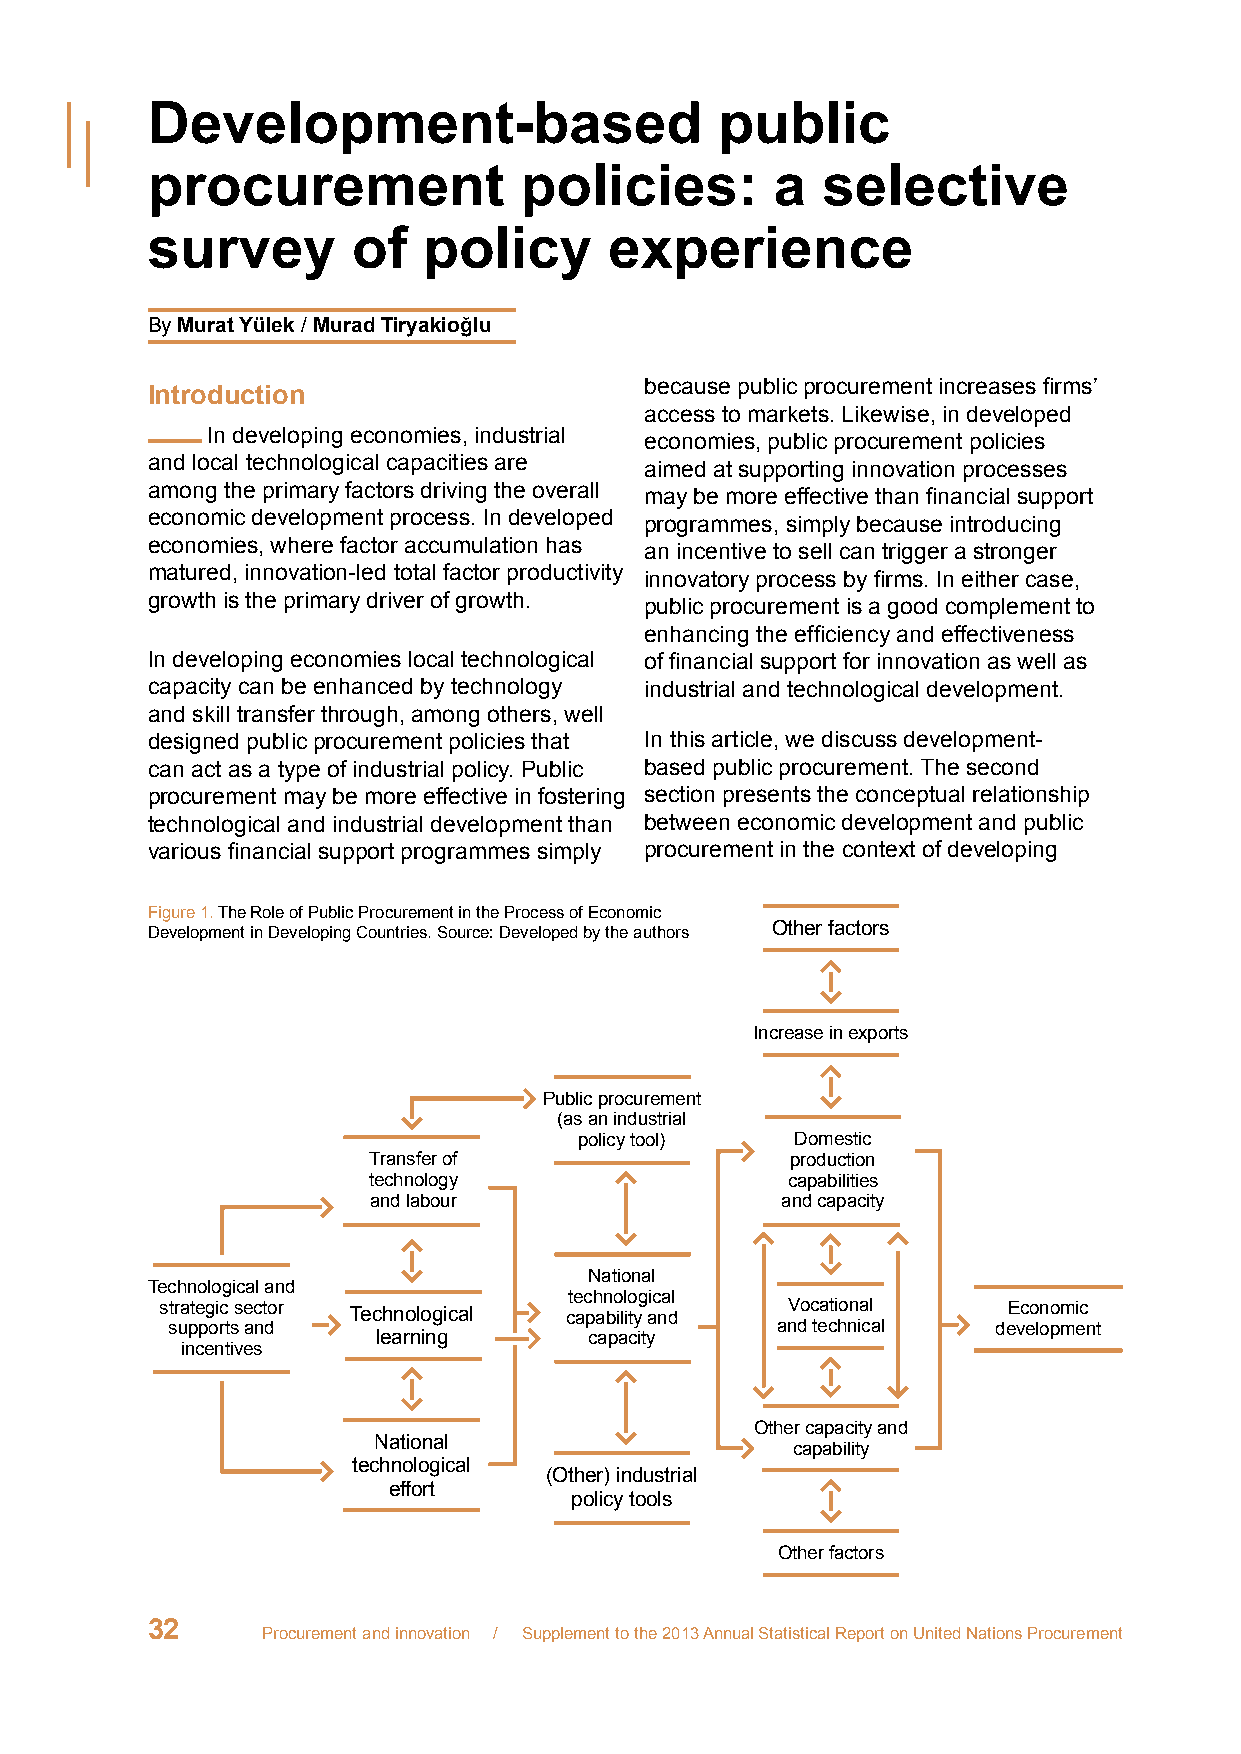
Development-based                     public
 procurement             policies:        a  selective
 survey       of   policy      experience
 By Murat Yülek / Murad Tiryakioğlu
 because public procurement increases firms’
 Introduction
 access to markets. Likewise, in developed
 In developing economies, industrial
 economies, public procurement policies
 and local technological capacities are
 aimed at supporting innovation processes
 among the primary factors driving the overall
 may be more effective than financial support
 economic development process. In developed
 programmes, simply because introducing
 economies, where factor accumulation has
 an incentive to sell can trigger a stronger
 matured, innovation-led total factor productivity
 innovatory process by firms. In either case,
 growth is the primary driver of growth.
 public procurement is a good complement to
 enhancing the efficiency and effectiveness
 In developing economies local technological of financial support for innovation as well as
 capacity can be enhanced by technology industrial and technological development.
 and skill transfer through, among others, well
 designed public procurement policies that In this article, we discuss development-
 can act as a type of industrial policy. Public based public procurement. The second
 procurement may be more effective in fostering section presents the conceptual relationship
 technological and industrial development than between economic development and public
 various financial support programmes simply procurement in the context of developing
 Figure 1. The Role of Public Procurement in the Process of Economic
 Development in Developing Countries. Source: Developed by the authors Other factors
 Increase in exports
 Public procurement
 (as an industrial
 policy tool)   Domestic
 Transfer of                 production
 technology                  capabilities
 and labour                  and capacity
 National
 Technological and
 technological
 strategic sector Technological capability and Vocational Economic
 supports and                            and technical  development
 learning      capacity
 incentives
 Other capacity and
 National
 capability
 technological
 (Other) industrial
 effort
 policy tools
 Other factors
 32
 Procurement and innovation / Supplement to the 2013 Annual Statistical Report on United Nations Procurement